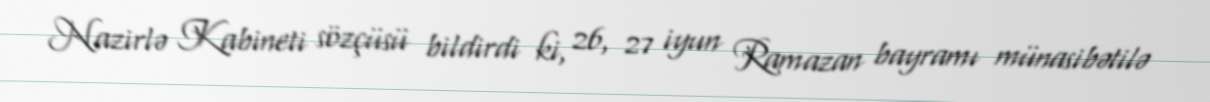
Nazirlə Kabineti sözçüsü bildirdi ki, 26, 27 iyun Ramazan bayramı münasibətilə